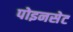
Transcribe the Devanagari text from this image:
पोइनसेट